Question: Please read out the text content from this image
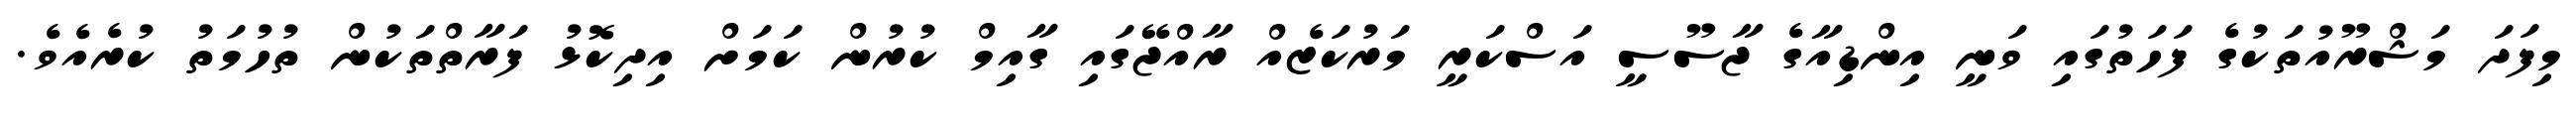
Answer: މިފަދަ މަޝްރޫއުތަކުގެ ފަހަތުގައި ވަނީ އިންޑިއާގެ ޖާސޫސީ އަސްކަރީ މަރުކަޒެއް ރާއްޖޭގައި ގާއިމް ކުރުން ކަމަށް އިދިކޮޅު ފަރާތްތަކުން ތުހުމަތު ކުރެއެވެ.